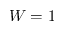
W = 1